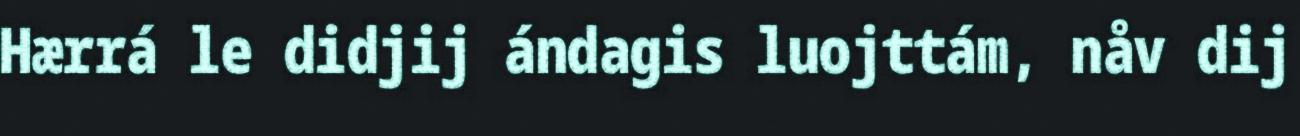
Hærrá le didjij ándagis luojttám, nåv dij